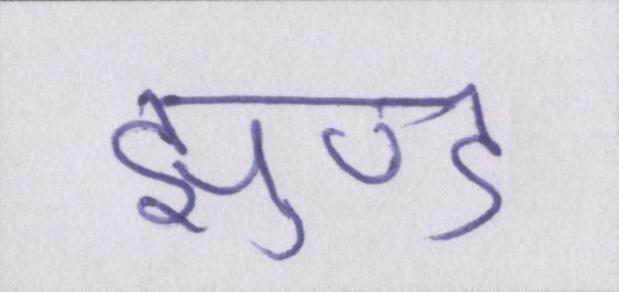
झुण्ड